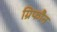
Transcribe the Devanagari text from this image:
ग्रिफौन